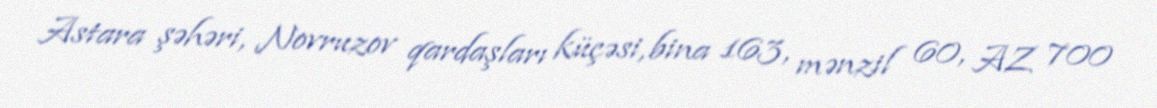
Astara şəhəri, Novruzov qardaşları küçəsi, bina 163, mənzil 60, AZ 700